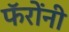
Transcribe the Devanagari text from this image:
फॅरोंनी